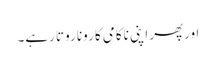
اورپھر اپنی ناکامی کا رونا روتا رہے۔